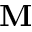
{ \bf M }